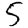
Digit: 5